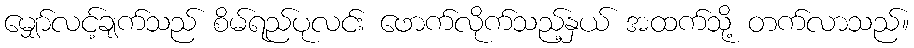
မျှော်လင့်ချက်သည် စိမ်ရည်ပုလင်း ဖောက်လိုက်သည့်နှယ် အထက်သို့ တက်လာသည်။